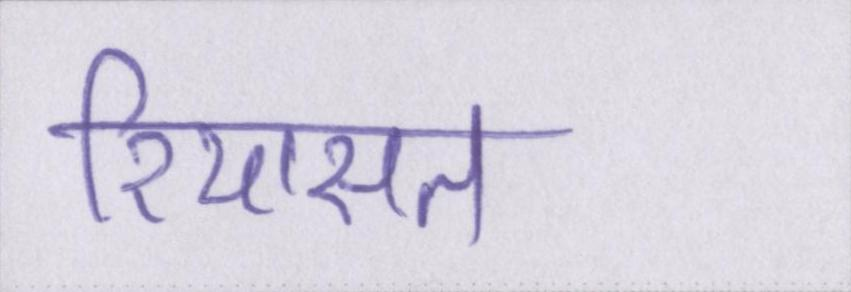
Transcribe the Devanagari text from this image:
रियासत